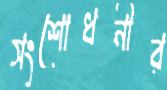
সংশোধনীর